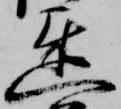
遅